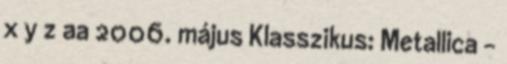
x y z aa 2006. május Klasszikus: Metallica -